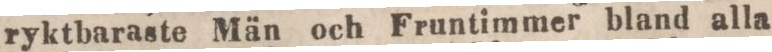
ryktbaraste Män och Fruntimmer bland alla